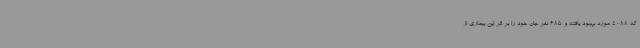
که 4088 مورد بهبود یافته و 685 نفر جان خود را بر اثر این بیماری از